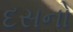
દસનો